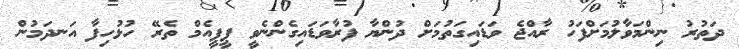
ދަތުރު ނިންމަވާލުމަށްފަހު ރާއްޖެ ވަޑައިގަތުމަށް ދުންޔާ ފުރާވަޑައިގެންނެވީ ޕީޕީއެމް ތެރޭ ހުޅުހިފާ އަނދަމުން